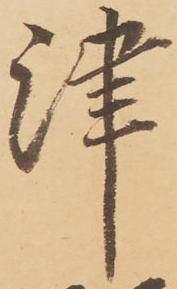
津